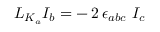
{ \cal L } _ { K _ { a } } I _ { b } = - \, 2 \, \epsilon _ { a b c } \ I _ { c }